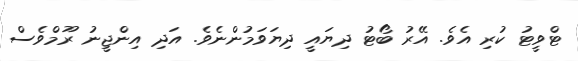
ޓްވީޓު ކުރި އެވެ. އޭރު ބޯޓު ދިޔައީ ދިޔަވަމުންނެވެ. އަދި އިންޖީނު ރޫމްވެސް